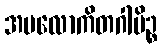
အပလောကိတဂါမိဉ္စ